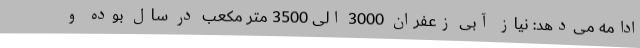
ادامه می‌دهد: نیاز آبی زعفران 3000 الی 3500 متر مکعب در سال بوده و